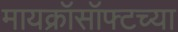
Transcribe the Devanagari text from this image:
मायक्रॉसॉफ्टच्या